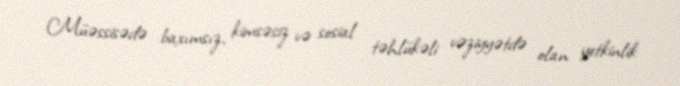
Müəssisədə baxımsız, kimsəsiz və sosial təhlükəli vəziyyətdə olan yetkinlik